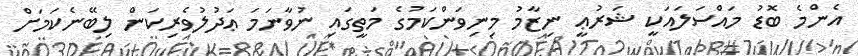
އެންމެ ބޮޑު މައްސަލައަކީ ޝަރުޢީ ނިޒާމު މިނިވަންކަމުގެ މަތީގައި ނުވާނަމަ ޢަދުލުވެރިކަން ލިބޭނެކަމަށް